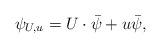
LaTeX: \begin{align*}\psi_{U,u}=U\cdot\bar{\psi}+u\bar{\psi},\end{align*}